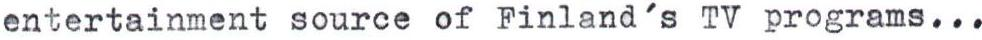
entertainment source of Finland's TV programs...